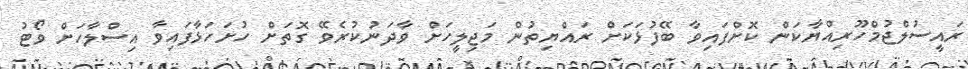
ރައީސުލްޖުމްހޫރިއްޔާކަން ކޮށްފައިވާ ބޭފުޅަކަށް ރައްޔިތުން މަޖިލީހަށް ވާދަނުކުރެވޭ ގޮތަށް ހުށަހަޅާފައިވާ އިސްލާހަށް ވޯޓު